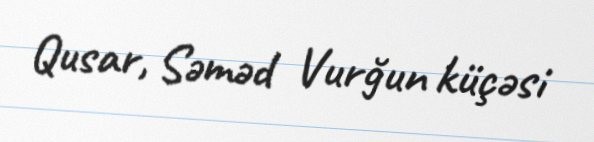
Qusar, Səməd Vurğun küçəsi